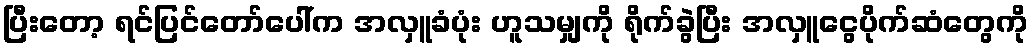
ပြီးတော့ ရင်ပြင်တော်ပေါ်က အလှူခံပုံး ဟူသမျှကို ရိုက်ခွဲပြီး အလှူငွေပိုက်ဆံတွေကို